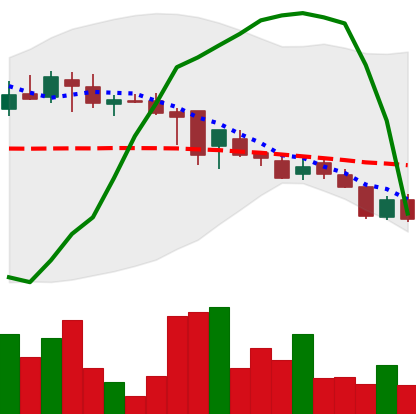
Ticker: DOGE-USD
Chart end date: 2018-08-10
Forward return: -3.721%
Label: down_3_5